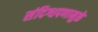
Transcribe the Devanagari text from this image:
संदिग्धपणामुळे